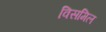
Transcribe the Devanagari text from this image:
विसमिल